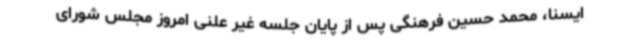
ایسنا، محمد حسین فرهنگی پس از پایان جلسه غیر علنی امروز مجلس شورای